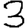
Digit: 3